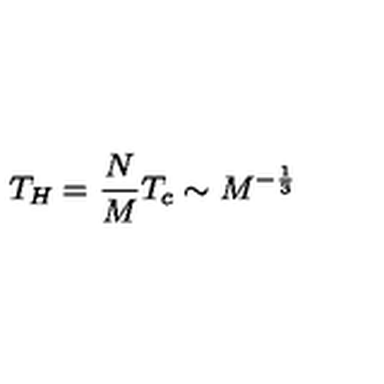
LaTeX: T _ { H } = \frac { N } { M } T _ { c } \sim M ^ { - \frac { 1 } { 3 } }